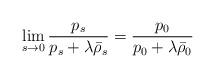
LaTeX: \begin{align*}\lim_{s\to 0}\frac{p_s}{ p_s + \lambda \bar \rho_s } = \frac{p_0}{ p_0 + \lambda \bar \rho_0}\end{align*}